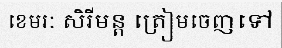
ខេមរៈ សិរីមន្ត ត្រៀមចេញទៅ